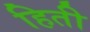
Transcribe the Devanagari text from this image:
हिती